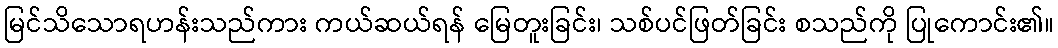
မြင်သိသောရဟန်းသည်ကား ကယ်ဆယ်ရန် မြေတူးခြင်း၊ သစ်ပင်ဖြတ်ခြင်း စသည်ကို ပြုကောင်း၏။